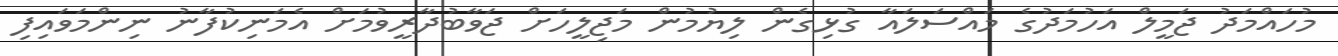
މުހައްމަދު ޖަމީލް އަހުމަދުގެ މައްސަލައާ ގުޅިގެން ލިޔުމުން މަޖިލީހަށް ޖަވާބުދާރީވުމަށް އެމަނިކުފާނު ނިންމަވައިފި